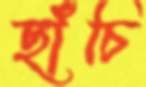
ছাঁচি